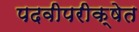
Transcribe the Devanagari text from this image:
पदवीपरीक्षेत